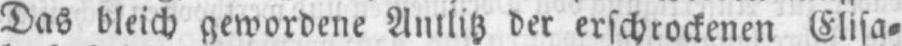
Das bleich gewordene Antlitz der erschrockenen Elisa⸗